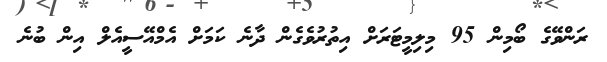
ރަންވޭގެ ބޯމިން 95 މިލިމީޓަރަށް އިތުރުވެގެން ދާނެ ކަމަށް އެމްއޭސީއެލް އިން ބުނެ